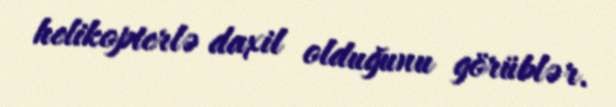
helikopterlə daxil olduğunu görüblər.